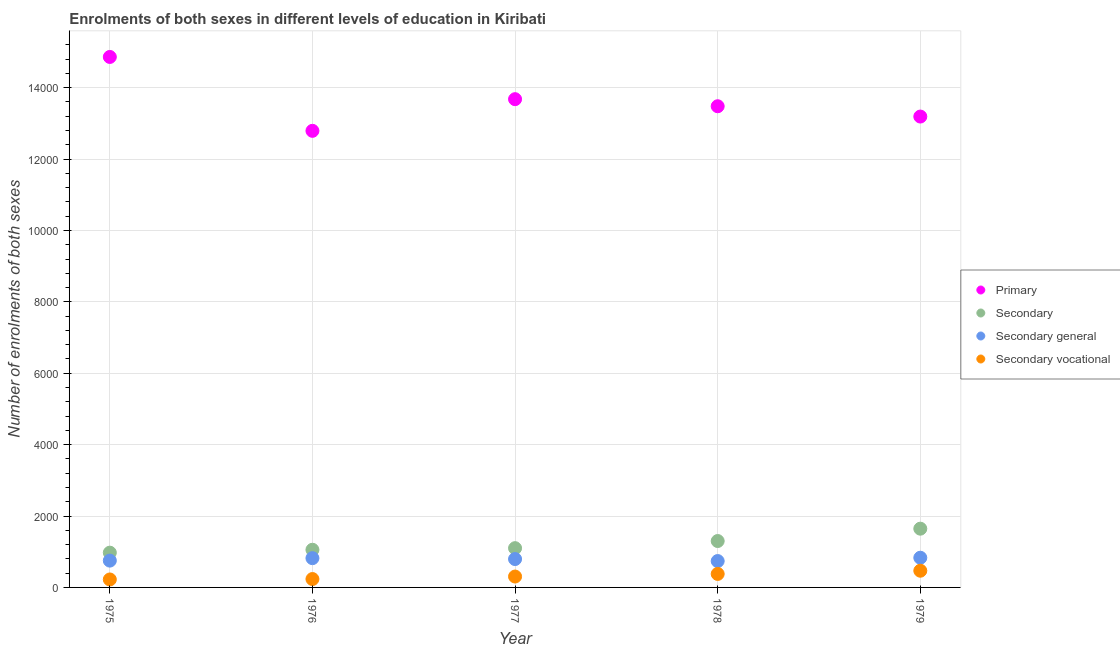
| Year | Primary | Secondary | Secondary general | Secondary vocational |
 | --- | --- | --- | --- | --- |
 | 1975 | 1.49e+04 | 974 | 751 | 223 |
 | 1976 | 1.28e+04 | 1.06e+03 | 820 | 235 |
 | 1977 | 1.37e+04 | 1.1e+03 | 795 | 305 |
 | 1978 | 1.35e+04 | 1.3e+03 | 739 | 378 |
 | 1979 | 1.32e+04 | 1.65e+03 | 832 | 468 |